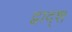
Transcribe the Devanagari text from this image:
द्वाद्श